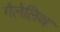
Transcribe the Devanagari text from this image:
गैलेलिथ